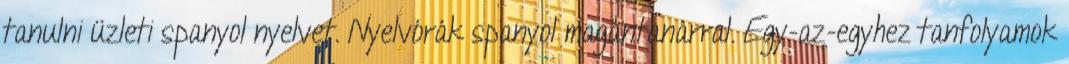
tanulni üzleti spanyol nyelvet. Nyelvórák spanyol magántanárral. Egy-az-egyhez tanfolyamok